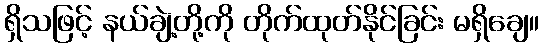
ရှိသဖြင့် နယ်ချဲ့တို့ကို တိုက်ထုတ်နိုင်ခြင်း မရှိချေ။